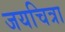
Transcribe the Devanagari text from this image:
जयचित्रा